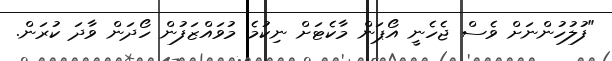
"ފުލުހުންނަށް ވެސް ޖެހެނީ އޯޕަން މާކެޓަށް ނިކުމެ މުވައްޒަފުން ހޯދަން ވާދަ ކުރަން.